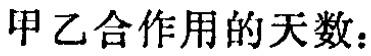
甲乙合作用的天数：